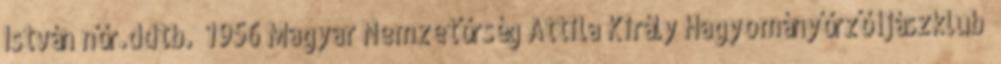
István nőr.ddtb. “1956 Magyar Nemzetőrség Attila Király Hagyományőrző íjászklub”